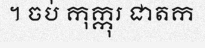
។ ចប់ កុក្កុរ ជាតក